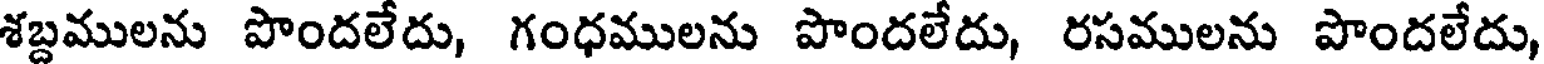
శబ్దములను పొందలేదు, గంధములను పొందలేదు, రసములను పొందలేదు,